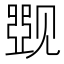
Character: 𰴛